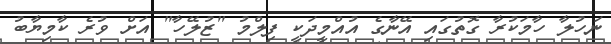
ނަހުލާ ހާމަކުރާ ގޮތުގައި އޭނާގެ އުއްމީދަކީ ފިލްމު "ޒުލޭހާ" އަށް ވުރެ ކާމިޔާބު